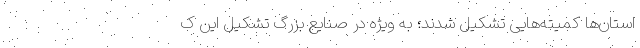
استان‌ها کمیته‌هایی تشکیل شدند؛ به ویژه در صنایع بزرگ تشکیل این ک